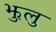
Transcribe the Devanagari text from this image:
झुलु